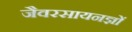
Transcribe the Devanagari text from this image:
जैवरसायनज्ञों